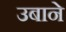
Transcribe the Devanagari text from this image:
उबाने